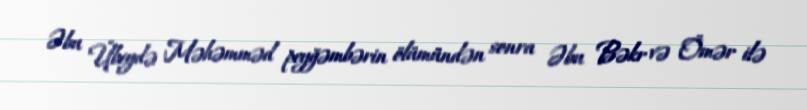
Əbu Übeydə Məhəmməd peyğəmbərin ölümündən sonra Əbu Bəkr və Ömər ilə